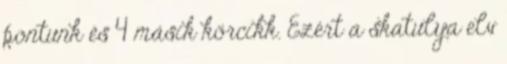
pontunk és 4 másik körcikk. Ezért a skatulya elv